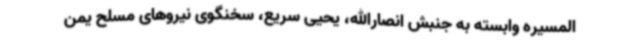
المسیره وابسته به جنبش انصارالله، یحیی سریع، سخنگوی نیروهای مسلح یمن